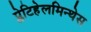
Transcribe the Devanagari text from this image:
प्लेटिहेलमिन्थेस